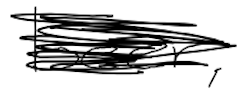
Text: beer,
Cross-out: scratch
Writing tool: digital_black